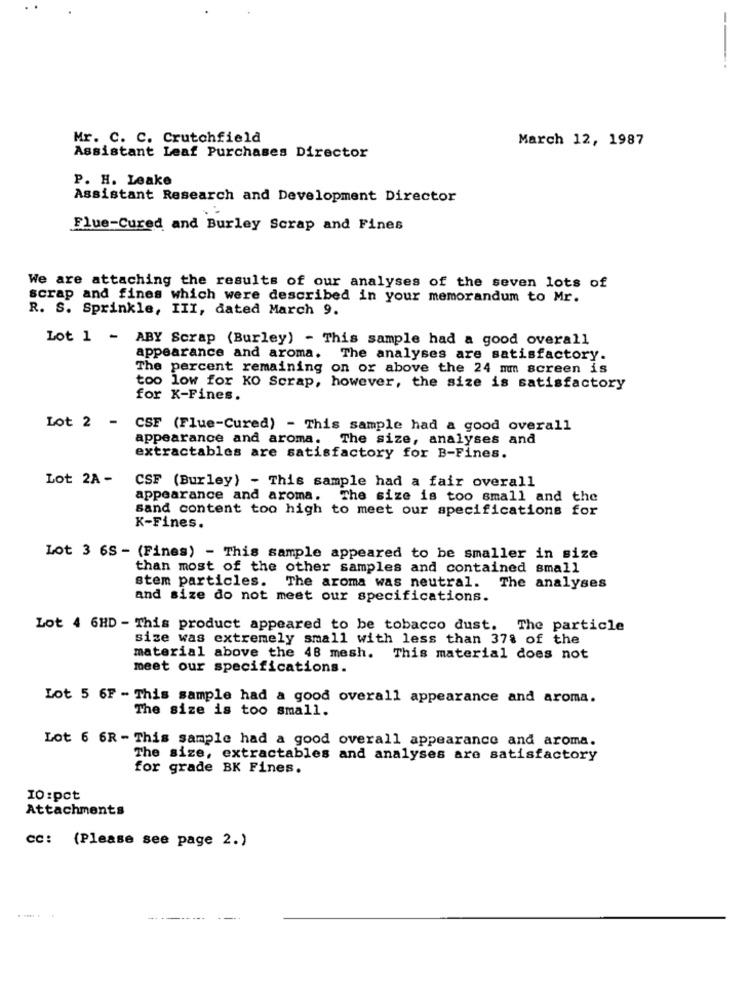
-
-.
Mr. C. C. Crutchfield
March 12, 1987
Assistant Leaf Purchases Director
P. H. Leake
Assistant Research and Development Director
Flue-Cured and Burley Scrap and Fines
We are attaching the results of our analyses of the seven lots of
scrap and fines which were described in your memorandum to Mr.
R. S. Sprinkle, III, dated March 9.
Lot 1 - ABY Scrap (Burley) - This sample had a good overall
appearance and aroma. The analyses are satisfactory.
The percent remaining on or above the 24 mm screen is
too low for KO Scrap, however, the size is satisfactory
for K-Fines.
Lot 2 -
CSF (Flue-Cured) - This sample had a good overall
appearance and aroma. The size, analyses and
extractables are satisfactory for B-Fines.
Lot 2A -
CSF (Burley) - This sample had a fair overall
appearance and aroma. The size is too small and the
sand content too high to meet our specifications for
K-Fines.
Lot 3 6S - (Fines) - This sample appeared to be smaller in size
than most of the other samples and contained small
stem particles.
The aroma was neutral. The analyses
and size do not meet our specifications.
Lot 4 6HD - This product appeared to be tobacco dust. The particle
size was extremely small with less than 378 of the
material above the 48 mesh.
This material does not
meet our specifications.
Lot 5 6F - This sample had a good overall appearance and aroma.
The size is too small.
Lot 6 6R - This sample had a good overall appearance and aroma.
The size, extractables and analyses are satisfactory
for grade BK Fines.
10:pct
Attachments
cc: (Please see page 2.)